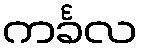
ကင်္ခလ